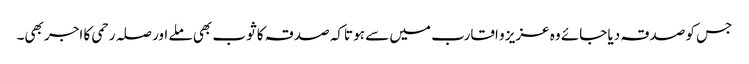
جس کو صدقہ دیا جائے وہ عزیز و اقارب میں سے ہو تاکہ صدقہ کا ثوب بھی ملے اور صلہ رحمی کا اجر بھی۔